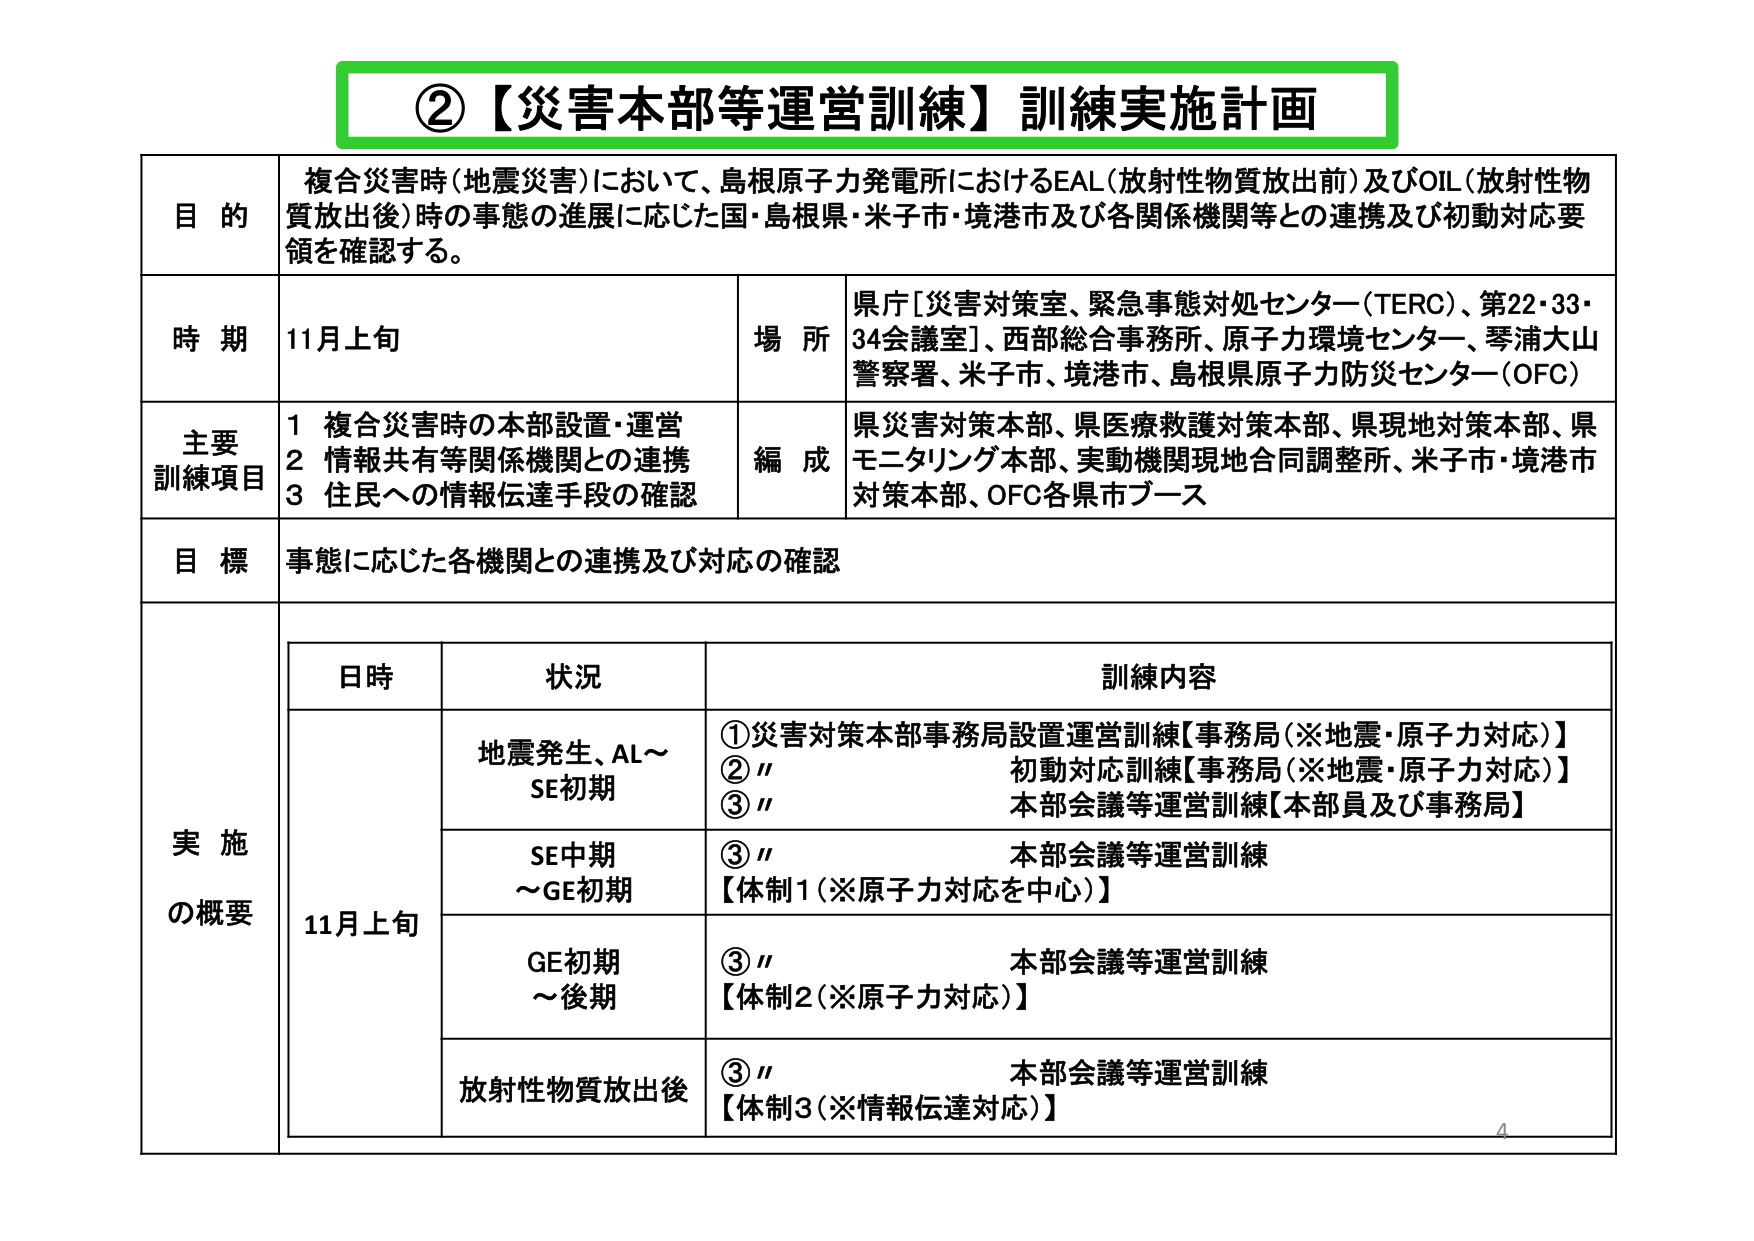
②【災害本部等運営訓練】訓練実施計画

目的
複合災害時（地震災害）において、島根原子力発電所におけるEAL（放射性物質放出前）及びOIL（放射性物質放出後）時の事態の進展に応じた国・島根県・米子市・境港市及び各関係機関等との連携及び初動対応要領を確認する。

時期
11月上旬

場所
県庁［災害対策室、緊急事態対処センター（TERC）、第22・33・34会議室］、西部総合事務所、原子力環境センター、琴浦大山警察署、米子市、境港市、島根県原子力防災センター（OFC）

主要訓練項目
1 複合災害時の本部設置・運営
2 情報共有等関係機関との連携
3 住民への情報伝達手段の確認

編成
県災害対策本部、県医療救護対策本部、県現地対策本部、県モニタリング本部、実動機関現地合同調整所、米子市・境港市対策本部、OFC各県市ブース

目標
事態に応じた各機関との連携及び対応の確認

実施の概要

日時 状況 訓練内容

11月上旬 地震発生、AL～SE初期
①災害対策本部事務局設置運営訓練【事務局（※地震・原子力対応）】
②〃 初動対応訓練【事務局（※地震・原子力対応）】
③〃 本部会議等運営訓練【本部員及び事務局】

SE中期～GE初期
③〃 本部会議等運営訓練
【体制1（※原子力対応を中心）】

GE初期～後期
③〃 本部会議等運営訓練
【体制2（※原子力対応）】

放射性物質放出後
③〃 本部会議等運営訓練
【体制3（※情報伝達対応）】

4